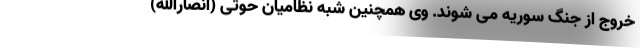
خروج از جنگ سوریه می شوند. وی همچنین شبه نظامیان حوثی (انصارالله)